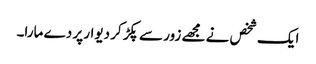
ایک شخص نے مجھے زور سے پکڑ کر دیوار پر دے مارا۔